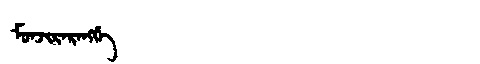
Manchu: ᠮᠣᠨᠵᡳᡵᠠᡵᠠᠩᡤᡝ
Romanization: MONJIRARANGGE